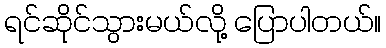
ရင်ဆိုင်သွားမယ်လို့ ပြောပါတယ်။